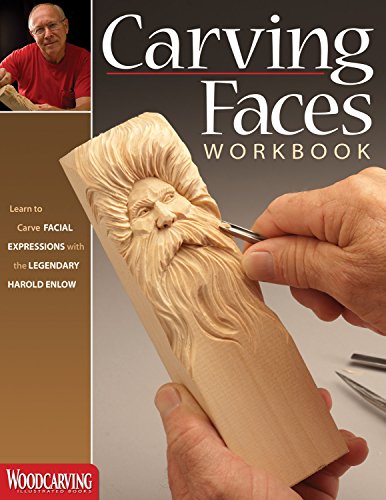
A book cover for Carving Faces Workbook: Learn to Carve Facial Expressions with the Legendary Harold Enlow; Harold Enlow; Crafts, Hobbies & Home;